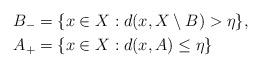
LaTeX: \begin{align*}B_- &= \{ x\in X : d(x,X\setminus B ) > \eta \} , \\A_+ &= \{ x\in X : d(x,A) \leq \eta \}\end{align*}